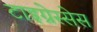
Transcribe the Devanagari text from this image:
टाइग्रेस्सेस